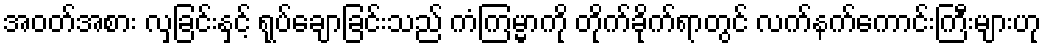
အဝတ်အစား လှခြင်းနှင့် ရုပ်ချောခြင်းသည် ကံကြမ္မာကို တိုက်ခိုက်ရာတွင် လက်နက်ကောင်းကြီးများဟု